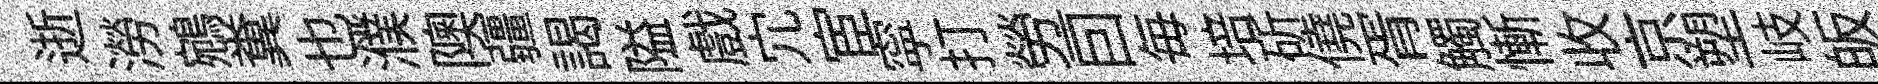
逝澇鵷糞也濮隩疆謁隘戲宂宦寜打勞一囙毎培斫僥胥觸慚收京塑岐皈